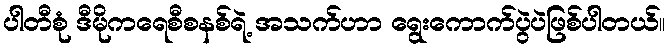
ပါတီစုံ ဒီမိုကရေစီစနစ်ရဲ့ အသက်ဟာ ရွေးကောက်ပွဲပဲဖြစ်ပါတယ်။